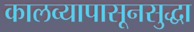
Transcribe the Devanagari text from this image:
कालव्यापासूनसुद्धा